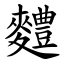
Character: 䵄